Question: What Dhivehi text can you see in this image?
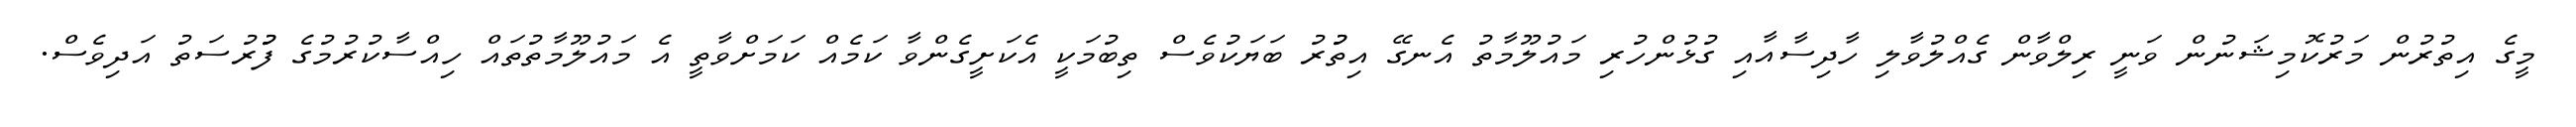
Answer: މީގެ އިތުރުން މަރުކޮމިޝަނުން ވަނީ ރިލްވާން ގެއްލުވާލި ހާދިސާއާއި ގުޅުންހުރި މައުލޫމާތު އެނގޭ އިތުުރު ބަޔަކުވެސް ތިބުމަކީ އެކަށީގެންވާ ކަމެއް ކަމަށްވާތީ އެ މައުލޫމާތުތައް ހިއްސާކުރުމުގެ ފުުރުސަތު އަދިވެސް.